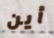
أين